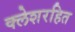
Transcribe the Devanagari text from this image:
क्लेशरहित